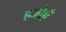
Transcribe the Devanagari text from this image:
हजोएँ